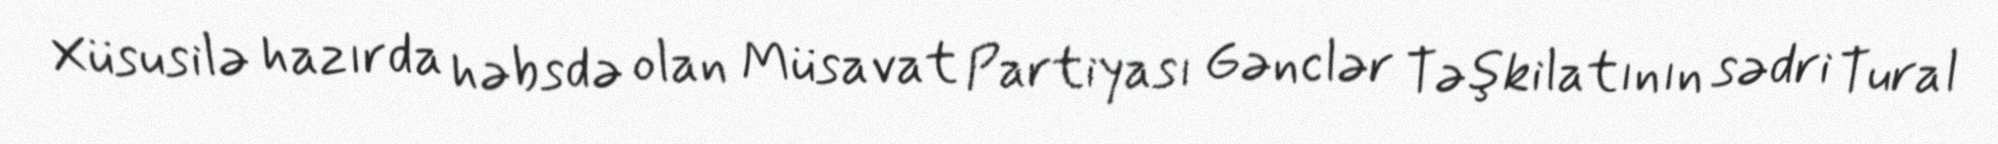
Xüsusilə hazırda həbsdə olan Müsavat Partiyası Gənclər Təşkilatının sədri Tural